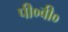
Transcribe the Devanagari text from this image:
पी०वी०